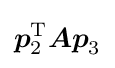
{\boldsymbol {p}}_{2}^{\mathrm {T} }{\boldsymbol {Ap}}_{3}